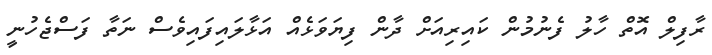
ރާފިލް އޮތް ހާލު ފެނުމުން ކައިރިއަށް ދާން ފިޔަވަޅެއް އަޅާލައިފައިވެސް ނަތާ ފަސްޖެހުނީ